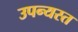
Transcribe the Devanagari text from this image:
उपन्यस्त